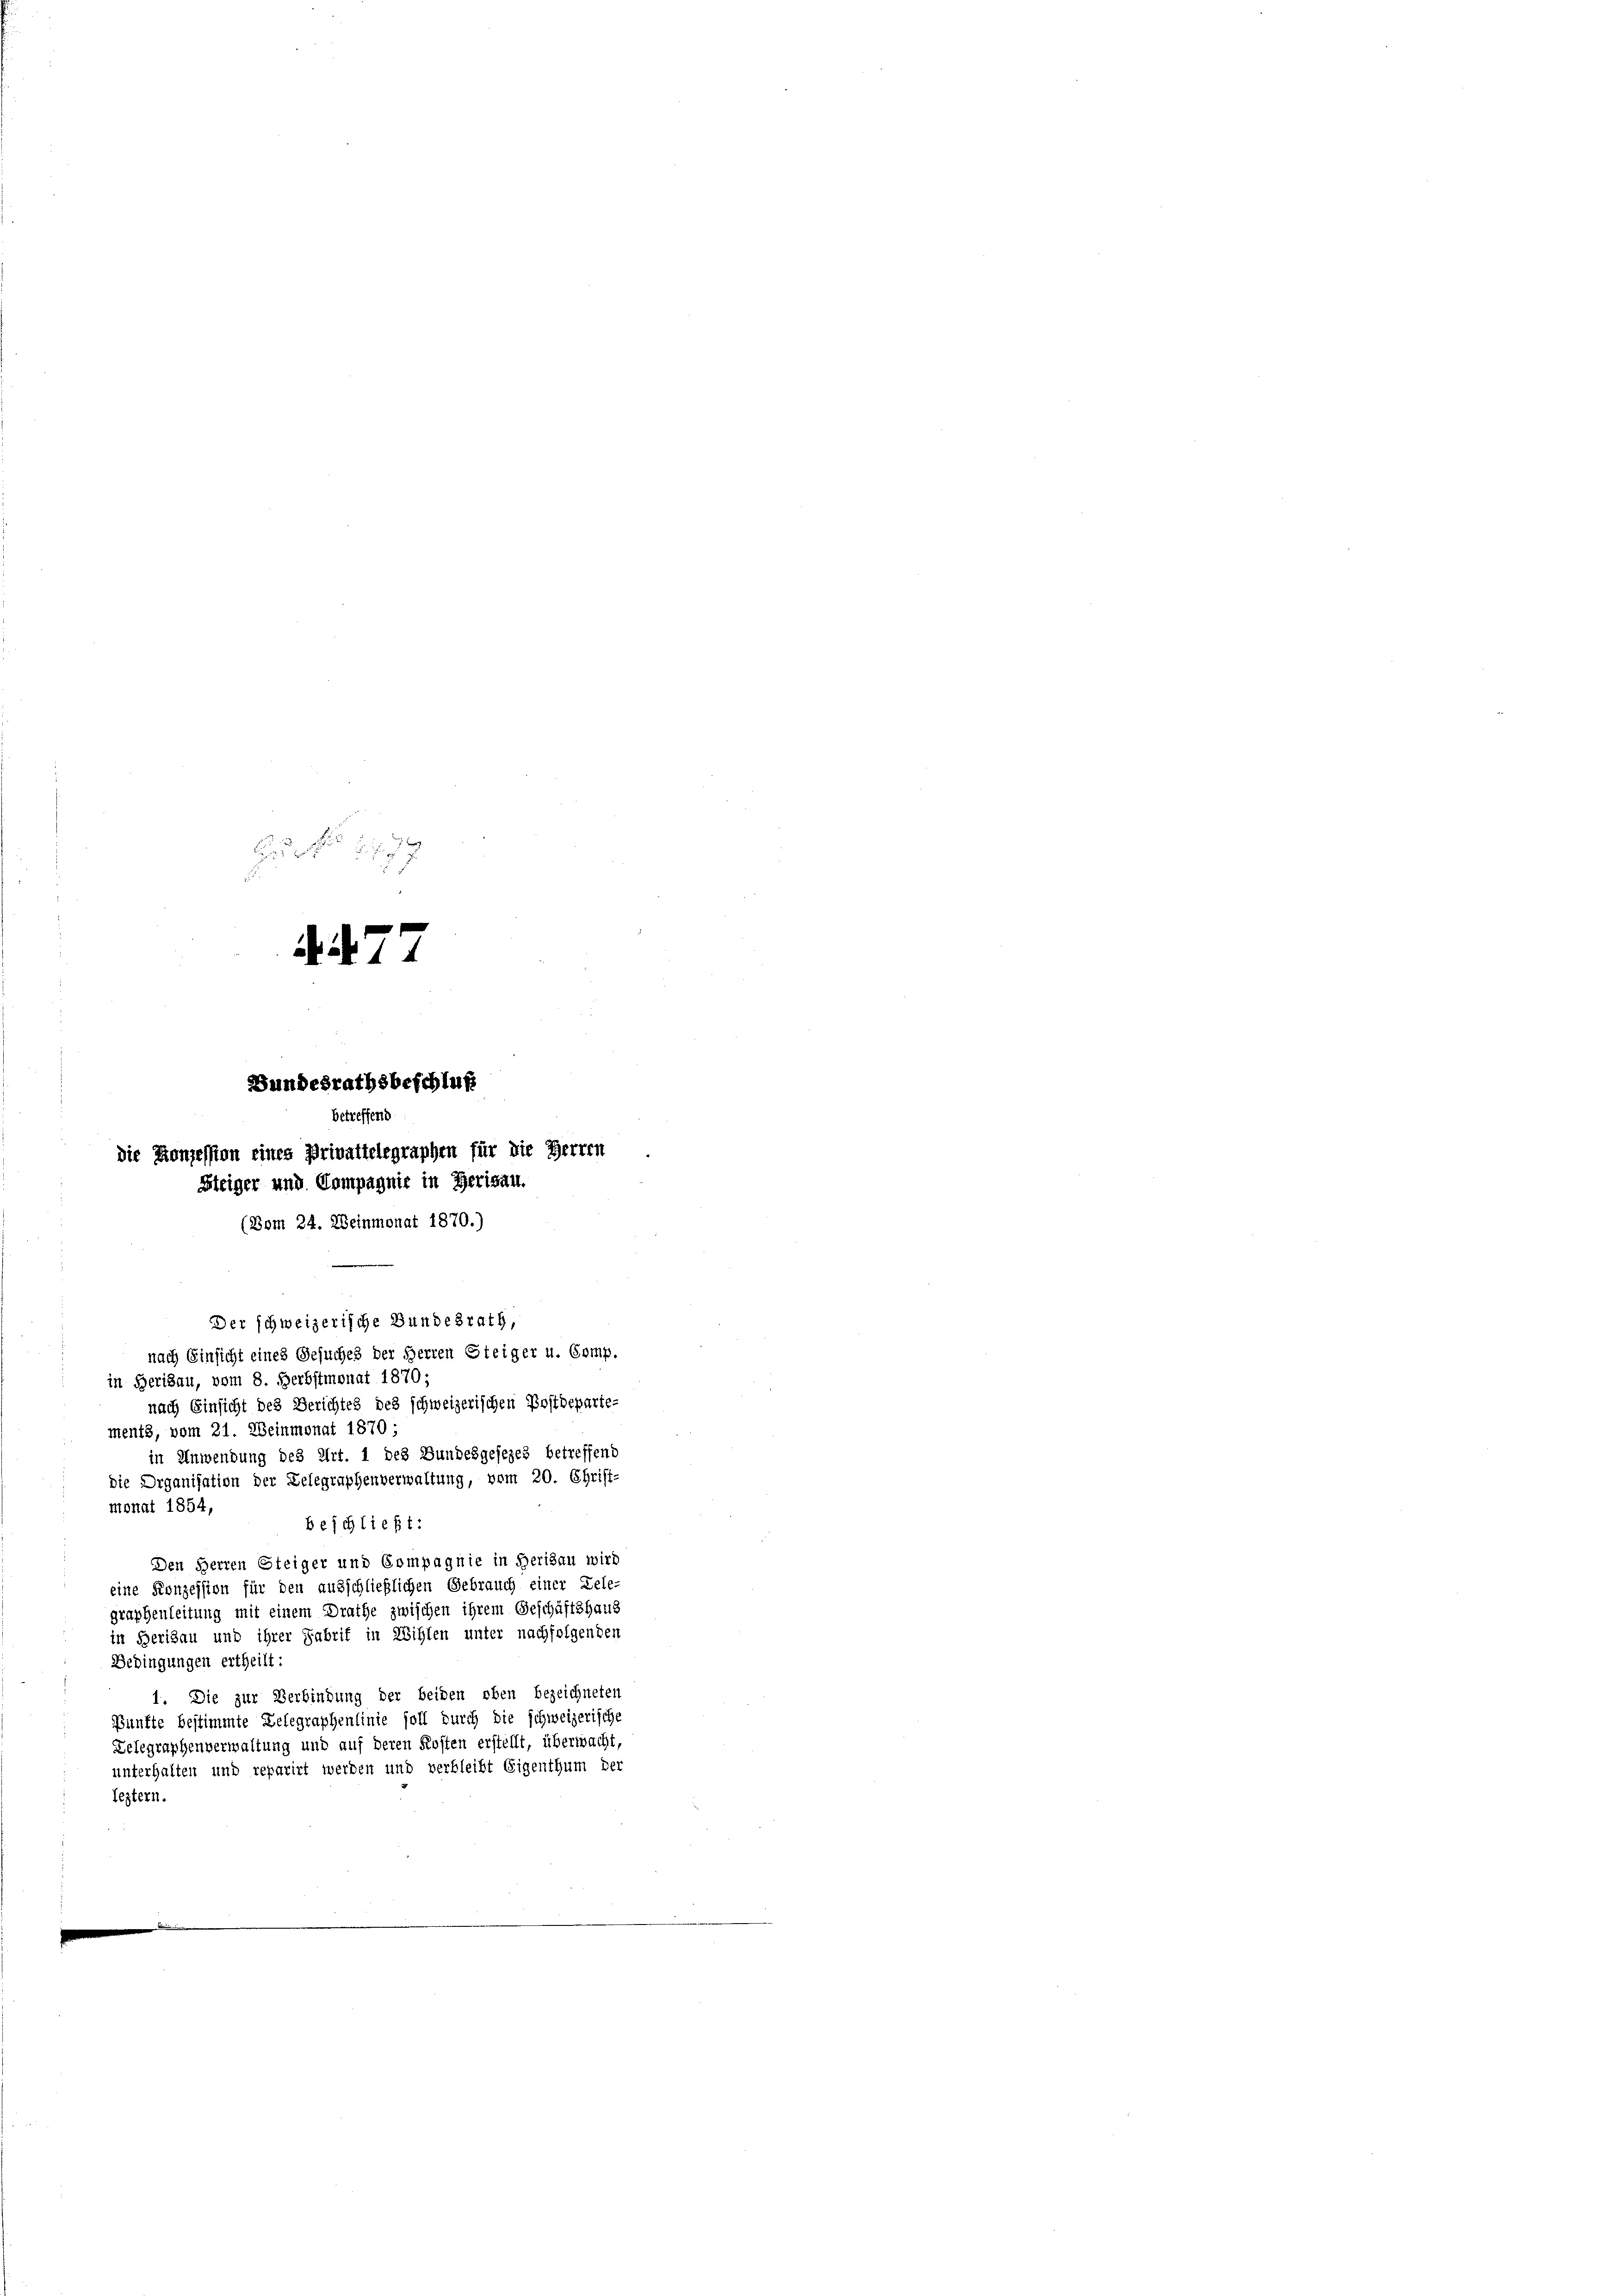
77
Bundesrathsbeschluß
betreffend
die Konzession eines Privattelegraphen für die Herren
Steiger und Compagnie in Herisau.
(Bom 24. Weinmonat 1870.)
Der schweizerische Bundesrath,
nach Einsicht eines Gesuches der Herren Steiger u. Comp.

in Herisau, vom 8. Herbstmonat 1870;
nach Einsicht des Berichtes des schweizerischen Postdeparie-
ments, vom 21. Weinmonat 1870;
in Anwendung des Art. 1 des Bundesgesezes betreffend
die Organisation der Zelegraphenverwaltung, vom 20. Christ-
monat 1854,
beschließt:
Den Herren Steiger und Compagnie in Herisau wird
eine Konzession für den ausschließlichen Gebrauch einer Gele-
graphenleitung mit einem Drathe zwischen ihrem Geschäftshaus
in Berisau und ihrer Fabrif in Willen unter nachfolgenden
Bedingungen ertheilt:
1. Die zur Verbindung der beiden eben bezeichneten
Pünfte bestimmte Lelegraphenlinie soll durch die schweizerische
Lelegraphenverwaltung und auf deren Kosten erstellt, überwacht,
unterhalten und reparirt werden und verbleibt Eigenthum der
leztern.